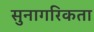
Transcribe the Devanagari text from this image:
सुनागरिकता